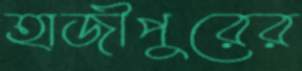
হাজীপুরের